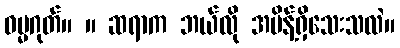
ဓမ္မဂုတ်။ ။ ဆရာက ဘယ်လို အမိန့်ရှိသေးသလဲ။